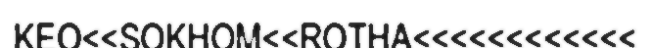
KEO<<SOKHOM<<ROTHA<<<<<<<<<<<<